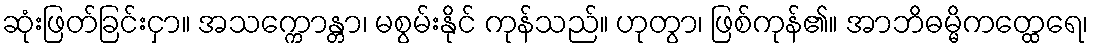
ဆုံးဖြတ်ခြင်းငှာ။ အသက္ကောန္တာ၊ မစွမ်းနိုင် ကုန်သည်။ ဟုတွာ၊ ဖြစ်ကုန်၏။ အာဘိဓမ္မိကတ္ထေရေ၊